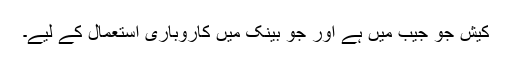
کیش جو جیب میں ہے اور جو بینک میں کاروباری استعمال کے لیے۔